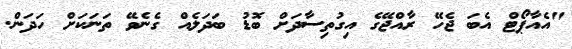
"އެއާޕޯޓް އެބަ ޖެހޭ ރާއްޖޭގެ އިގުތިސާދަށް ބޮޑު ބަދަލެއް ގެނެވޭ ތަނަކަށް ހަދަން.